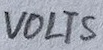
Text: VOLTS